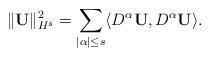
LaTeX: \begin{align*}\Vert \mathbf{U} \Vert_{H^s}^{2}=\sum_{\lvert\alpha\rvert\leq s}\langle\mathnormal{D^{\alpha}}\mathbf{U},\mathnormal{D^{\alpha}}\mathbf{U}\rangle.\end{align*}